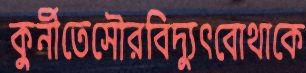
কুর্নীতেসৌরবিদ্যুৎবোথাকে